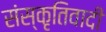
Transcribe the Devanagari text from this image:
संस्कृतिवादी